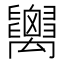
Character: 𥝋